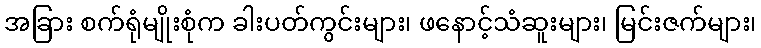
အခြား စက်ရုံမျိုးစုံက ခါးပတ်ကွင်းများ၊ ဖနောင့်သံဆူးများ၊ မြင်းဇက်များ၊